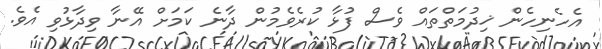
އެހެނިހެން ޚިދުމަތްތައް ވެސް ފުޅާ ކުރެވެމުން ދާނެ ކަމަށް އޭނާ ވިދާޅުވި އެވެ.